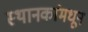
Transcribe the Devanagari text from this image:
स्थानकांमधून